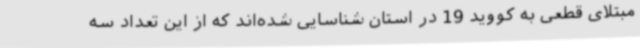
مبتلای قطعی به کووید 19 در استان شناسایی شده‌اند که از این تعداد سه